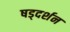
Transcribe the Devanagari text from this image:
षड्‌दर्शन